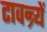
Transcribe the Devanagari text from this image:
टावन्र्यें